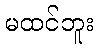
မထင်ဘူး